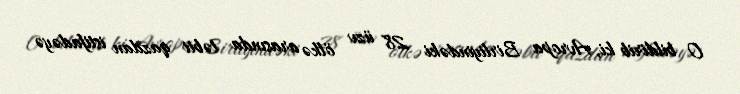
O bildirib ki, Avropa Birliyindəki 28 üzv ölkə arasında təbii qazdan istifadəyə